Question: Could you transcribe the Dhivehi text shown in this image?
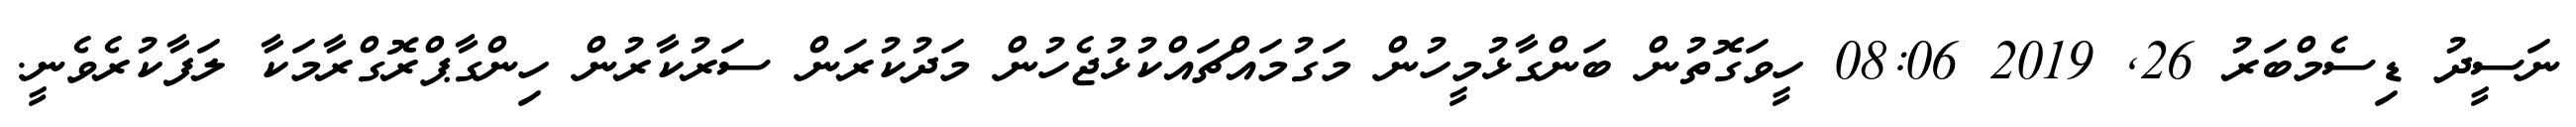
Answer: ނަސީދު ޑިސެމްބަރު 26, 2019 08:06 ހީވަގޮތުން ބަންގާޅުމީހުން މަގުމައްޗައްކުޅުޖެހުން މަދުކުރަން ސަރުކާރުން ހިންގާޕްރޮގްރާމަކާ ލަފާކުރެވެނީ.